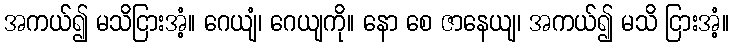
အကယ်၍ မသိငြားအံ့။ ဂေယျံ၊ ဂေယျကို။ နော စေ ဇာနေယျ၊ အကယ်၍ မသိ ငြားအံ့။